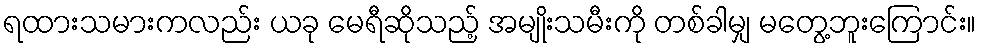
ရထားသမားကလည်း ယခု မေရီဆိုသည့် အမျိုးသမီးကို တစ်ခါမျှ မတွေ့ဘူးကြောင်း။